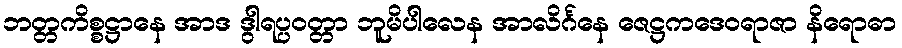
ဘတ္တကိစ္စဋ္ဌာနေ အာဒ ဒွါရပ္ပဝတ္တာ ဘူမိပါလေန အာလိင်္ဂနေ ဇေဋ္ဌကဒေဝရာဇာ နိရောဓာ